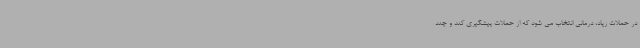
در حملات زیاد، درمانی انتخاب می شود که از حملات پیشگیری کند و چند